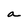
Character: a